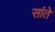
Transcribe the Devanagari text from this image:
सांते